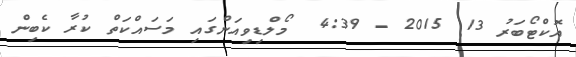
އޮކްޓޯބަރު 13